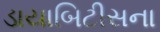
ડાયાબિટીસના